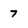
Character: 7